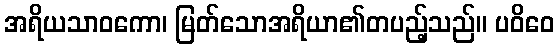
အရိယသာဝကော၊ မြတ်သောအရိယာ၏တပည့်သည်။ ပဝိဝေ